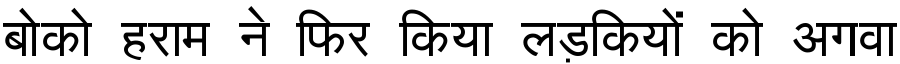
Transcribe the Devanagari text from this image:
बोको हराम ने फिर किया लड़कियों को अगवा